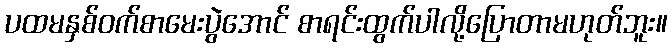
ပထမနှစ်ဝက်စာမေးပွဲအောင် စာရင်းထွက်ပါလို့ပြောတာမဟုတ်ဘူး။